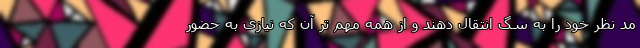
مد نظر خود را به سگ انتقال دهند و از همه مهم تر آن که نیازی به حضور